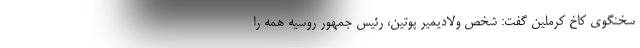
سخنگوی کاخ کرملین گفت: شخص ولادیمیر پوتین، رئیس جمهور روسیه همه را